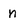
Character: n